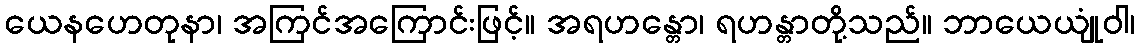
ယေနဟေတုနာ၊ အကြင်အကြောင်းဖြင့်။ အရဟန္တော၊ ရဟန္တာတို့သည်။ ဘာယေယျုံဝါ၊